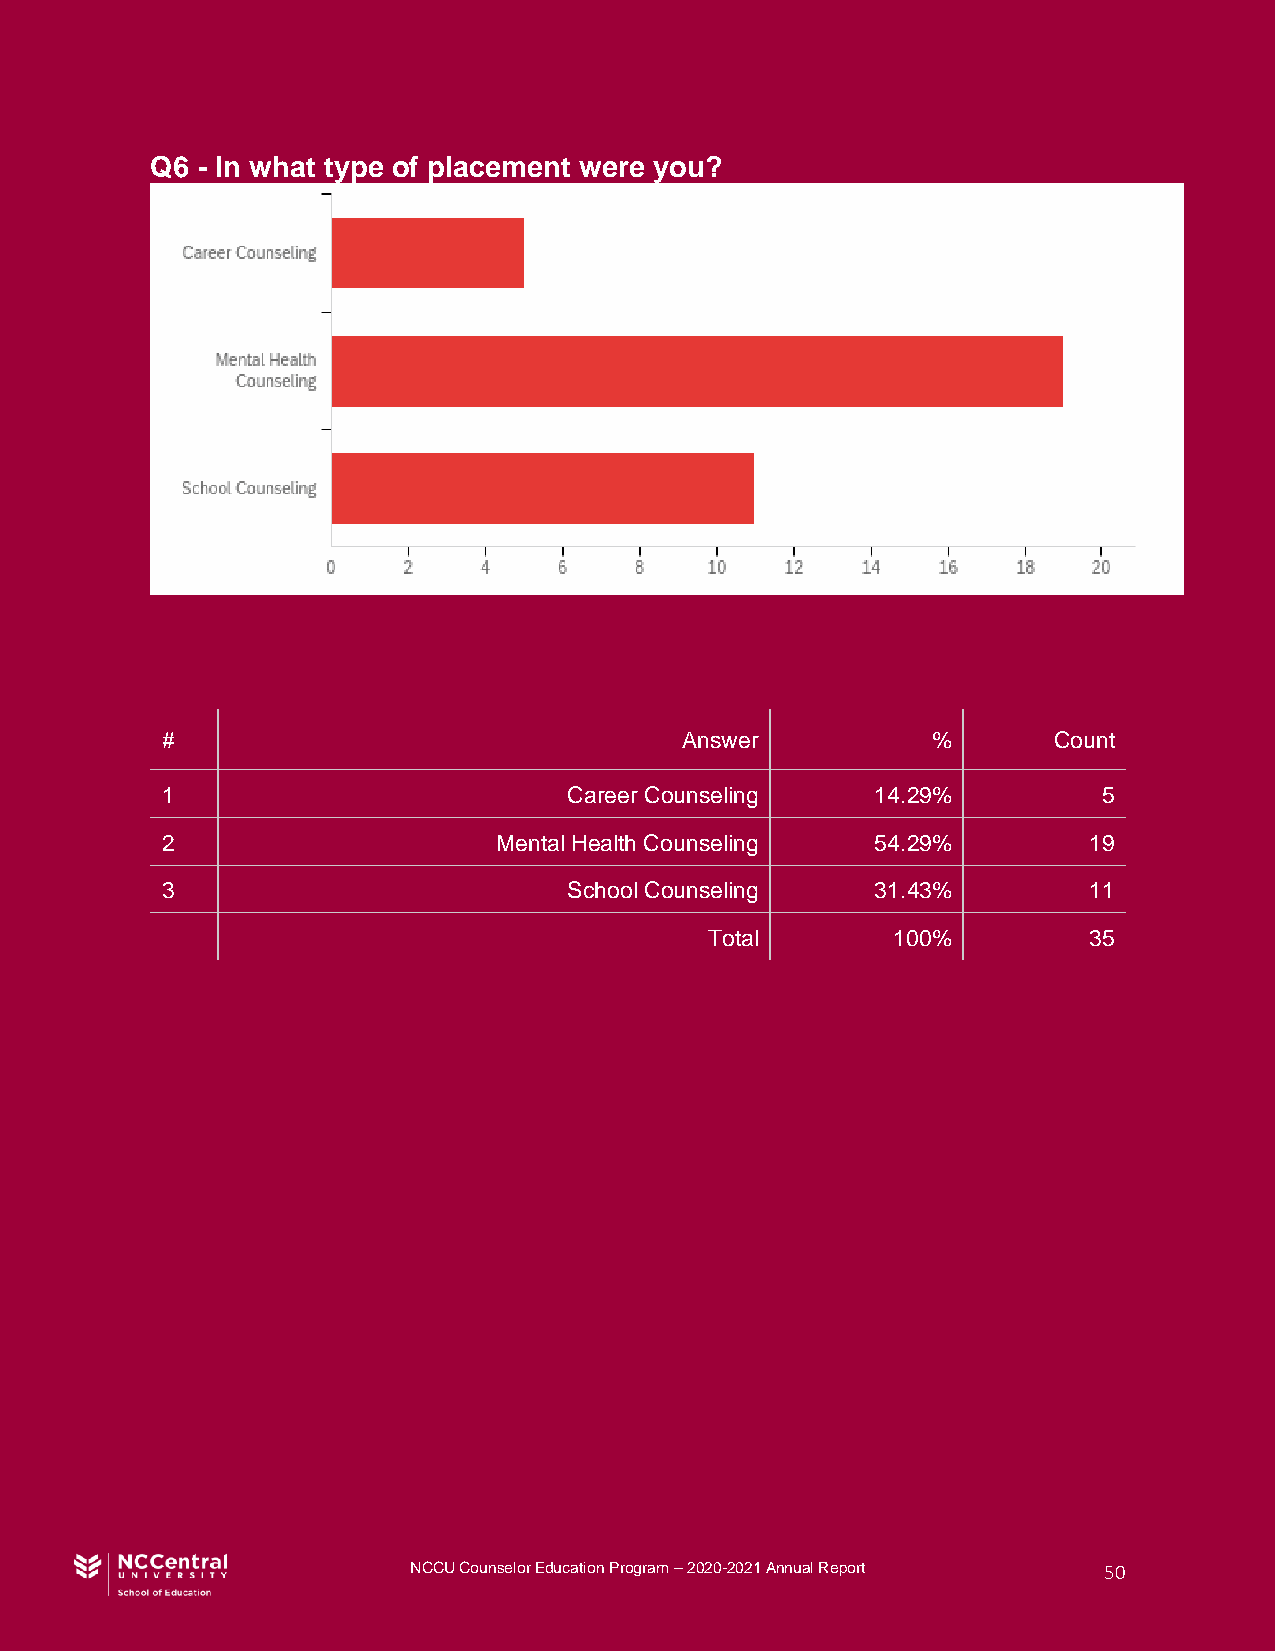
Q6 - In what type of placement were you?
 #                                 Answer           %       Count
 1                          Career Counseling   14.29%         5
 2                     Mental Health Counseling 54.29%        19
 3                          School Counseling   31.43%        11
 Total       100%         35
 NCCU Counselor Education Program – 2020-2021 Annual Report 50